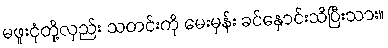
မဖူးငုံတို့လှည်း သတင်းကို မေးမှန်း ခင်နှောင်းသိပြီးသား။